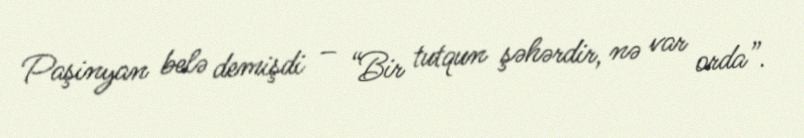
Paşinyan belə demişdi – “Bir tutqun şəhərdir, nə var orda”.